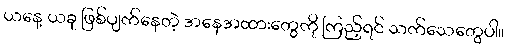
ယနေ့ ယခု ဖြစ်ပျက်နေတဲ့ အနေအထားတွေကို ကြည့်ရင် သက်သေတွေပါ။